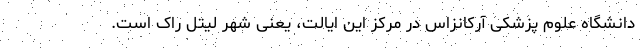
دانشگاه علوم پزشکی آرکانزاس در مرکز این ایالت، یعنی شهر لیتل راک است.